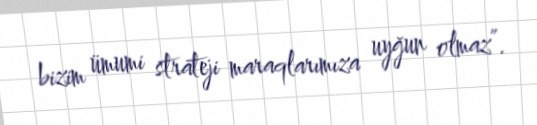
bizim ümumi strateji maraqlarımıza uyğun olmaz”.